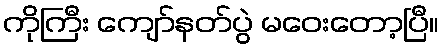
ကိုကြီး ကျော်နတ်ပွဲ မဝေးတော့ပြီ။